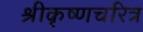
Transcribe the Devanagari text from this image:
श्रीकृष्णचरित्र